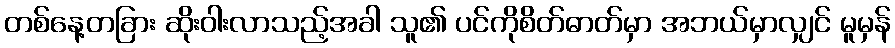
တစ်နေ့တခြား ဆိုးဝါးလာသည့်အခါ သူ၏ ပင်ကိုစိတ်ဓာတ်မှာ အဘယ်မှာလျှင် မူမှန်